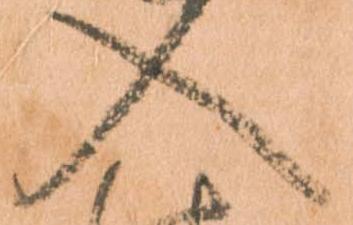
入